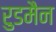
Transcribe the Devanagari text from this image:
रुडमैन